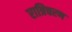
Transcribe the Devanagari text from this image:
रात्रिचरण